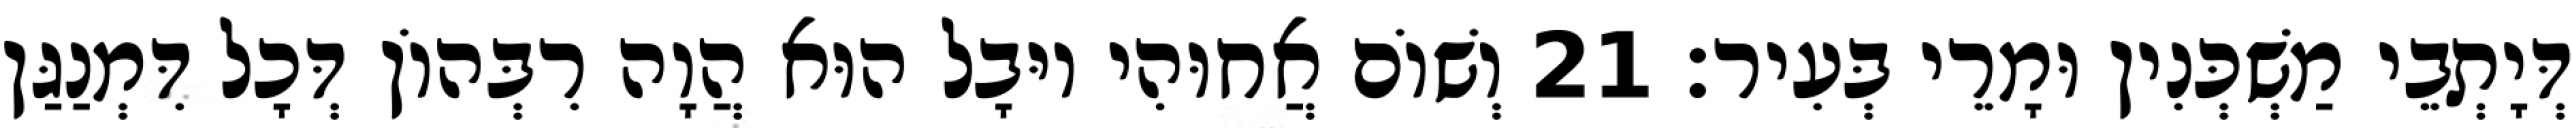
דְּיָתְבֵי מַשְׁכְּנִין וּמָרֵי בְּעִיר׃ 21 וְשׁוֹם אֲחוּהִי יוּבָל הוּא הֲוָה רִבְּהוֹן דְּכָל דִּמְנַגַּן